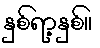
နှစ်ရာ့နှစ်။